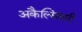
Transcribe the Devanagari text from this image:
अकैल्सियमी